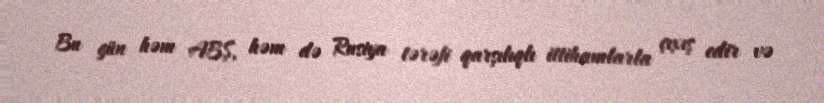
Bu gün həm ABŞ, həm də Rusiya tərəfi qarşılıqlı ittihamlarla çıxış edir və